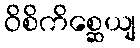
ဝိစိကိစ္ဆေယျ